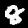
Label: 8